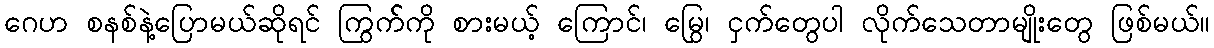
ဂေဟ စနစ်နဲ့ပြောမယ်ဆိုရင် ကြွက််ကို စားမယ့် ကြောင်၊ မြွေ၊ ငှက်တွေပါ လိုက်သေတာမျိုးတွေ ဖြစ်မယ်။